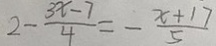
2 - \frac { 3 x - 7 } { 4 } = - \frac { x + 1 7 } { 5 }